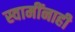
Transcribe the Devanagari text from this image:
स्वामींनाही